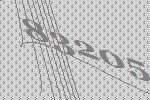
83205